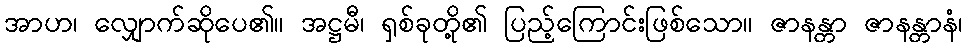
အာဟ၊ လျှောက်ဆိုပေ၏။ အဋ္ဌမီ၊ ရှစ်ခုတို့၏ ပြည့်ကြောင်းဖြစ်သော။ ဇာနန္တာ ဇာနန္တာနံ၊